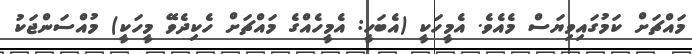
މައްޗަށް ކަމުގައިވިޔަސް މެއެވެ. އެމީހަކީ (އެބަހީ: އެމީހެއްގެ މައްޗަށް ހެކިދެވޭ މީހަކީ) މުއްސަންޖަކު